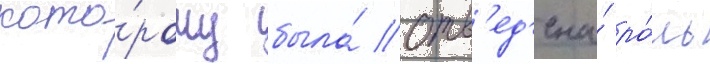
кото́рому была́ отв'ед'ена́ ро́ль